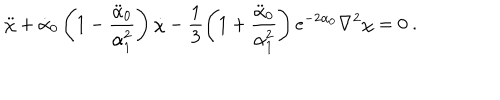
LaTeX: \ddot { \chi } + \dot { \alpha } _ { 0 } \left( 1 - \frac { \ddot { \alpha } _ { 0 } } { \alpha _ { 1 } ^ { 2 } } \right) \dot { \chi } - \frac { 1 } { 3 } \left( 1 + \frac { \ddot { \alpha } _ { 0 } } { \alpha _ { 1 } ^ { 2 } } \right) e ^ { - 2 \alpha _ { 0 } } \nabla ^ { 2 } \chi = 0 \ .